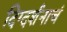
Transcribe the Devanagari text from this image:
दिग्दर्शनाचं